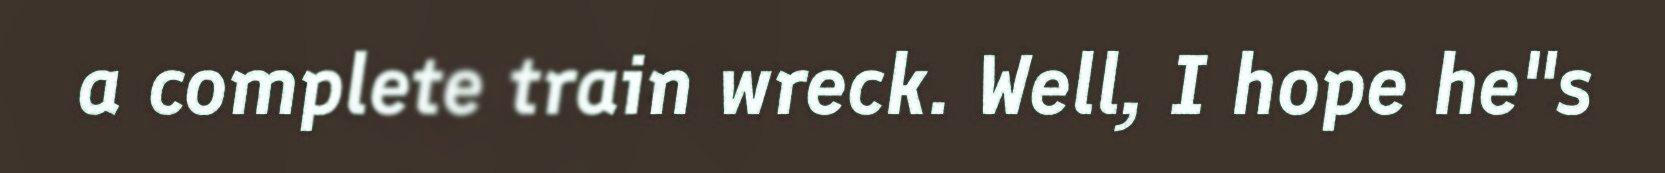
a complete train wreck. Well, I hope he"s